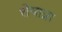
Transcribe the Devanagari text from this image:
शेषान्ना